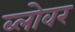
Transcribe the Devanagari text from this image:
ब्लोवर